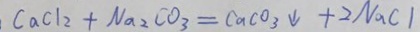
C a C l _ { 2 } + N a _ { 2 } C O _ { 3 } = C a C O _ { 3 } \downarrow + 2 N a C l